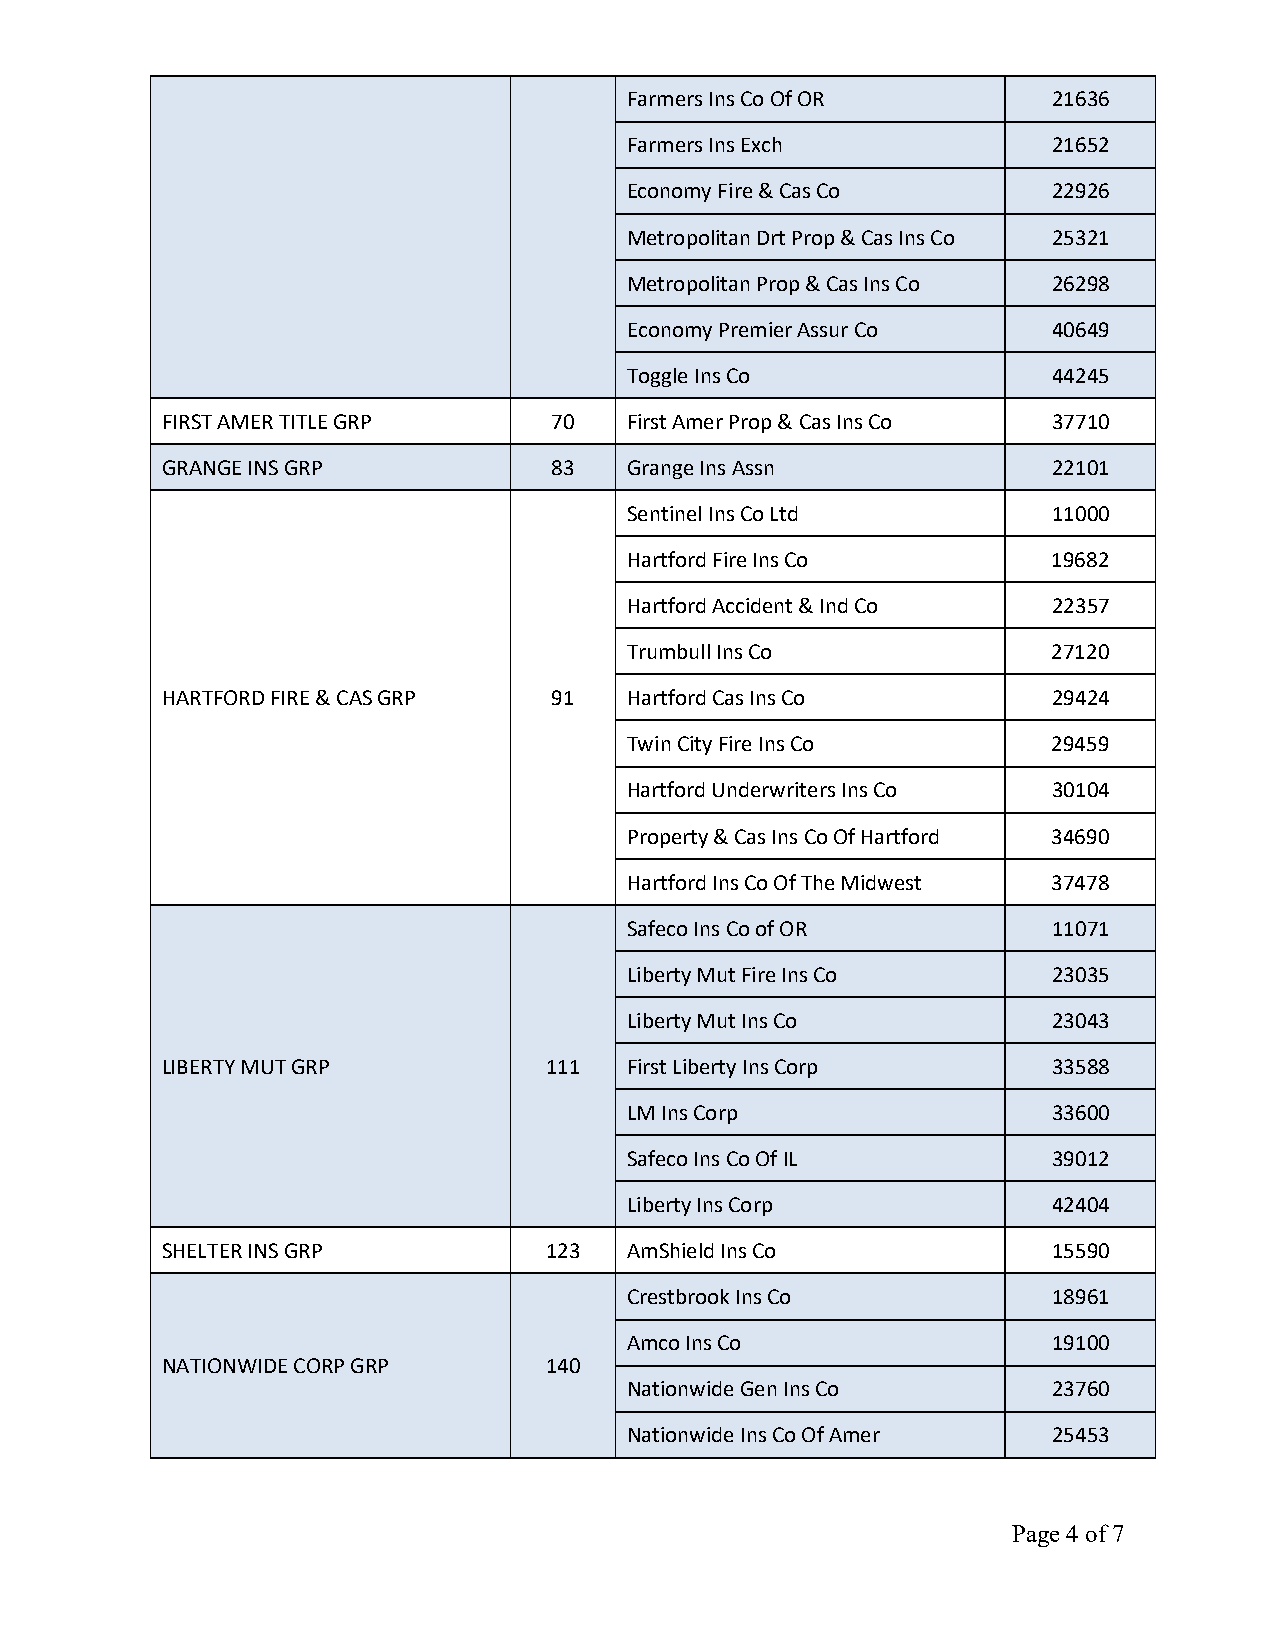
Farmers Ins Co Of OR         21636
 Farmers Ins Exch             21652
 Economy Fire & Cas Co        22926
 Metropolitan Drt Prop & Cas Ins Co 25321
 Metropolitan Prop & Cas Ins Co 26298
 Economy Premier Assur Co     40649
 Toggle Ins Co                44245
 FIRST AMER TITLE GRP     70   First Amer Prop & Cas Ins Co 37710
 GRANGE INS GRP           83   Grange Ins Assn              22101
 Sentinel Ins Co Ltd          11000
 Hartford Fire Ins Co         19682
 Hartford Accident & Ind Co   22357
 Trumbull Ins Co              27120
 HARTFORD FIRE & CAS GRP  91   Hartford Cas Ins Co          29424
 Twin City Fire Ins Co        29459
 Hartford Underwriters Ins Co 30104
 Property & Cas Ins Co Of Hartford 34690
 Hartford Ins Co Of The Midwest 37478
 Safeco Ins Co of OR          11071
 Liberty Mut Fire Ins Co      23035
 Liberty Mut Ins Co           23043
 LIBERTY MUT GRP          111  First Liberty Ins Corp       33588
 LM Ins Corp                  33600
 Safeco Ins Co Of IL          39012
 Liberty Ins Corp             42404
 SHELTER INS GRP          123  AmShield Ins Co              15590
 Crestbrook Ins Co            18961
 Amco Ins Co                  19100
 NATIONWIDE CORP GRP      140
 Nationwide Gen Ins Co        23760
 Nationwide Ins Co Of Amer    25453
 Page 4 of 7